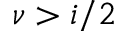
\nu > i / 2